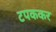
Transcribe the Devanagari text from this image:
टपककर